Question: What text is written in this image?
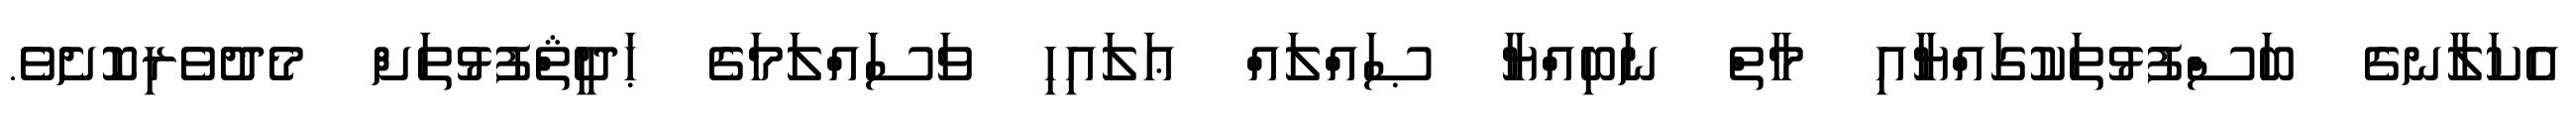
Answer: އެކަލާނގެ ބަސްފުޅުތަކުގައްޔާއި މާތް ނަބިއްޔާ ޞައްލައް ޢަލައިހި ވަސައްލަމަގެ ޙަދީޘްފުޅުތަށް މެދުވެރިކޮށެވެ.